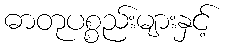
ဓာတုပစ္စည်းများနှင့်